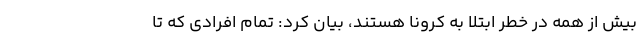
بیش از همه در خطر ابتلا به کرونا هستند، بیان کرد: تمام افرادی که تا